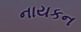
નાયકન